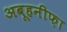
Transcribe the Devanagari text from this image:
अबूहनीफ़ा